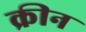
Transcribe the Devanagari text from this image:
क्रीन